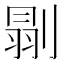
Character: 𠞈